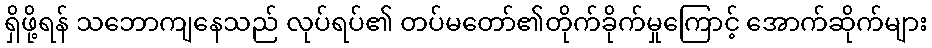
ရှိဖို့ရန် သဘောကျနေသည် လုပ်ရပ်၏ တပ်မတော်၏တိုက်ခိုက်မှုကြောင့် အောက်ဆိုက်များ